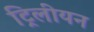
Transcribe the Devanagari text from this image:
ट्रिलीयन